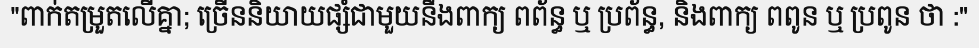
"ពាក់តម្រួតលើគ្នា; ច្រើននិយាយផ្សំជាមួយនឹងពាក្យ ពព័ន្ធ ឬ ប្រព័ន្ធ, និងពាក្យ ពពូន ឬ ប្រពូន ថា :"